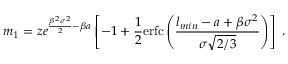
m _ { 1 } = z e ^ { \frac { \beta ^ { 2 } \sigma ^ { 2 } } { 2 } - \beta a } \left[ - 1 + \frac { 1 } { 2 } \mathrm { e r f c } \left( \frac { l _ { m i n } - a + \beta \sigma ^ { 2 } } { \sigma \sqrt { 2 / 3 } } \right) \right] \ .